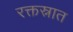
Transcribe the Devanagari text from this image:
रक्तस्नात